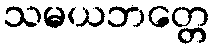
သမယဘတ္တေ